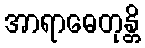
အာရာဓေတုန္တိ